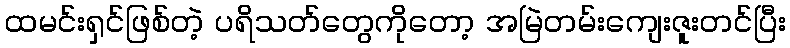
ထမင်းရှင်ဖြစ်တဲ့ ပရိသတ်တွေကိုတော့ အမြဲတမ်းကျေးဇူးတင်ပြီး